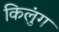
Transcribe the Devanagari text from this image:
किलुंग